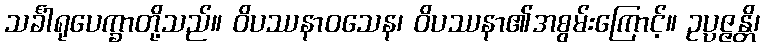
သင်္ခါရုပေက္ခာတို့သည်။ ဝိပဿနာဝသေန၊ ဝိပဿနာ၏အစွမ်းကြောင့်။ ဥပ္ပဇ္ဇန္တိ၊